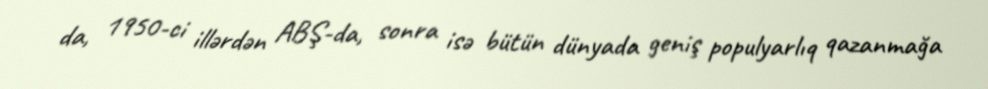
da, 1950-ci illərdən ABŞ-da, sonra isə bütün dünyada geniş populyarlıq qazanmağa